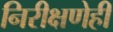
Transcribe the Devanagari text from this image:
निरीक्षणेही